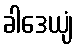
ခါဒေယျံ